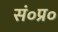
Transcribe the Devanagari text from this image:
सं०प्र०